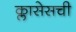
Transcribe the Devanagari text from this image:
क्लासेसची